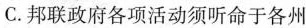
C.邦联政府各项活动须听命于各州